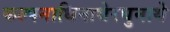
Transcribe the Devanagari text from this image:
कल्पनाधिनाथेरघुनाथे